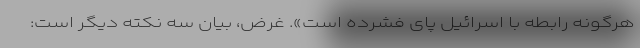
هرگونه رابطه با اسرائیل پای فشرده است». غرض، بیان سه نکته دیگر است: